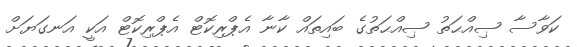
ކަވާސާ ޞިއްޙަތު ޞިއްޙަތުގެ ބައިތައް ކާނާ އެޕްރިކޮޓް އެޕްރިކޮޓް އަކީ އަނގަޔަށް